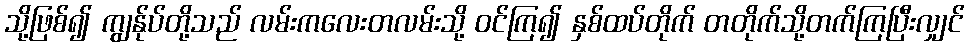
သို့ဖြစ်၍ ကျွန်ုပ်တို့သည် လမ်းကလေးတလမ်းသို့ ဝင်ကြ၍ နှစ်ထပ်တိုက် တတိုက်သို့တက်ကြပြီးလျှင်